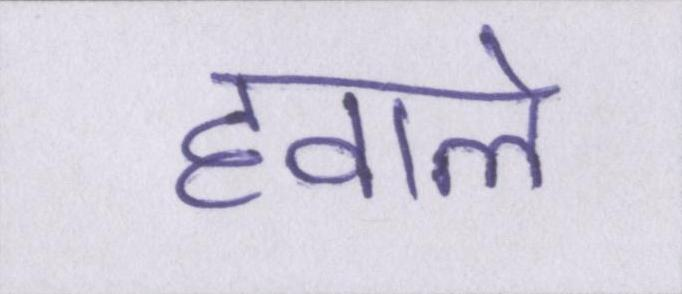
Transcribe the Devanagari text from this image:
हवाले